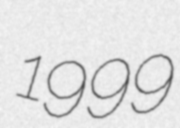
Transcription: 1999